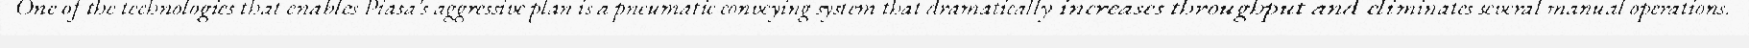
One of the technologies that enables Piasa's aggressive plan is a pneumatic conveying system that dramatically increases throughput and eliminates several manual operations.